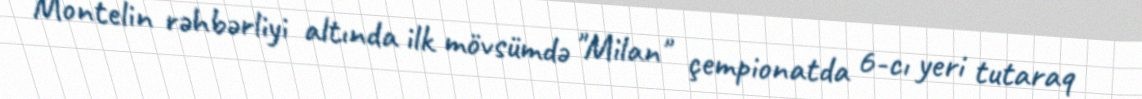
Montelin rəhbərliyi altında ilk mövsümdə "Milan" çempionatda 6-cı yeri tutaraq